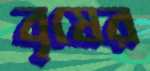
বৃষের